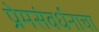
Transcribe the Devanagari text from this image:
प्रेमसंवर्धनाचा